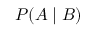
P ( A \mid B )